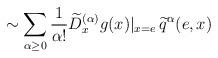
LaTeX: \begin{align*}\sim\sum_{\alpha\geq0}\frac{1}{\alpha!}\widetilde{D}^{(\alpha)}_{x}g(x)|_{x=e}\, \widetilde{q}^{\alpha}(e,x)\end{align*}